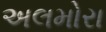
અલમોરા